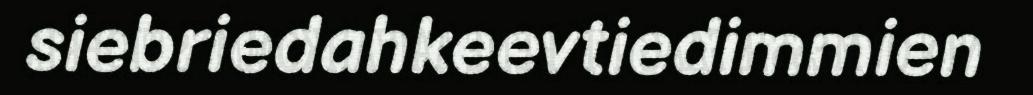
siebriedahkeevtiedimmien